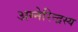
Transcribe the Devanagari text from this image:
अग्नेरिन्द्रस्य